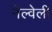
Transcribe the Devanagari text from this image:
नेल्वेली